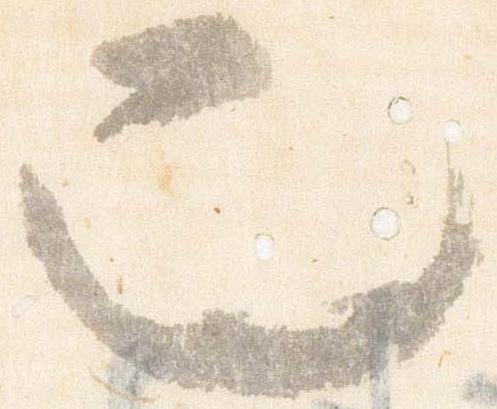
也